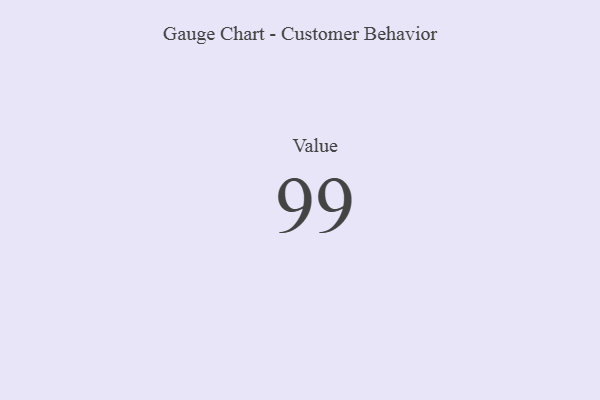
{"axis": {"x": "Metric", "y": "Value"}, "legend": [""], "data": [{"x": "Value", "y": 99, "type": ""}]}